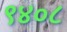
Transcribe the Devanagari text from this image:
९४०८